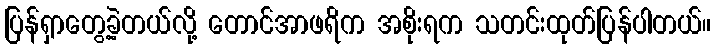
ပြန်ရှာတွေ့ခဲ့တယ်လို့ တောင်အာဖရိက အစိုးရက သတင်းထုတ်ပြန်ပါတယ်။